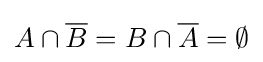
A\cap {\overline {B}}=B\cap {\overline {A}}=\emptyset